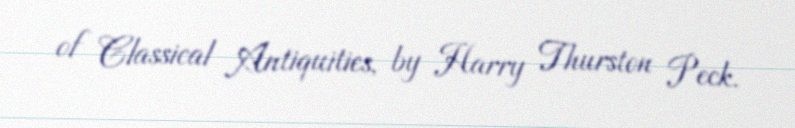
of Classical Antiquities, by Harry Thurston Peck.